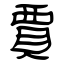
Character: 賈